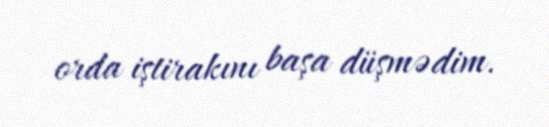
orda iştirakını başa düşmədim.